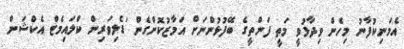
އެމަނިކުފާނު މިހެން ވިދާޅުވީ މަތީ ފަންތީގެ ބޭފުޅުންނަށް އަމާޒުކޮށްގެން 'ޑެލިވަރިން ކްލައިމެޓް އެކްޝަން